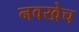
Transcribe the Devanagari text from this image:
नवखेच